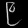
Digit: ၉